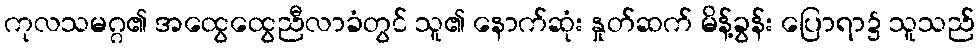
ကုလသမဂ္ဂ၏ အထွေထွေညီလာခံတွင် သူ၏ နောက်ဆုံး နှုတ်ဆက် မိန့်ခွန်း ပြောရာ၌ သူသည်